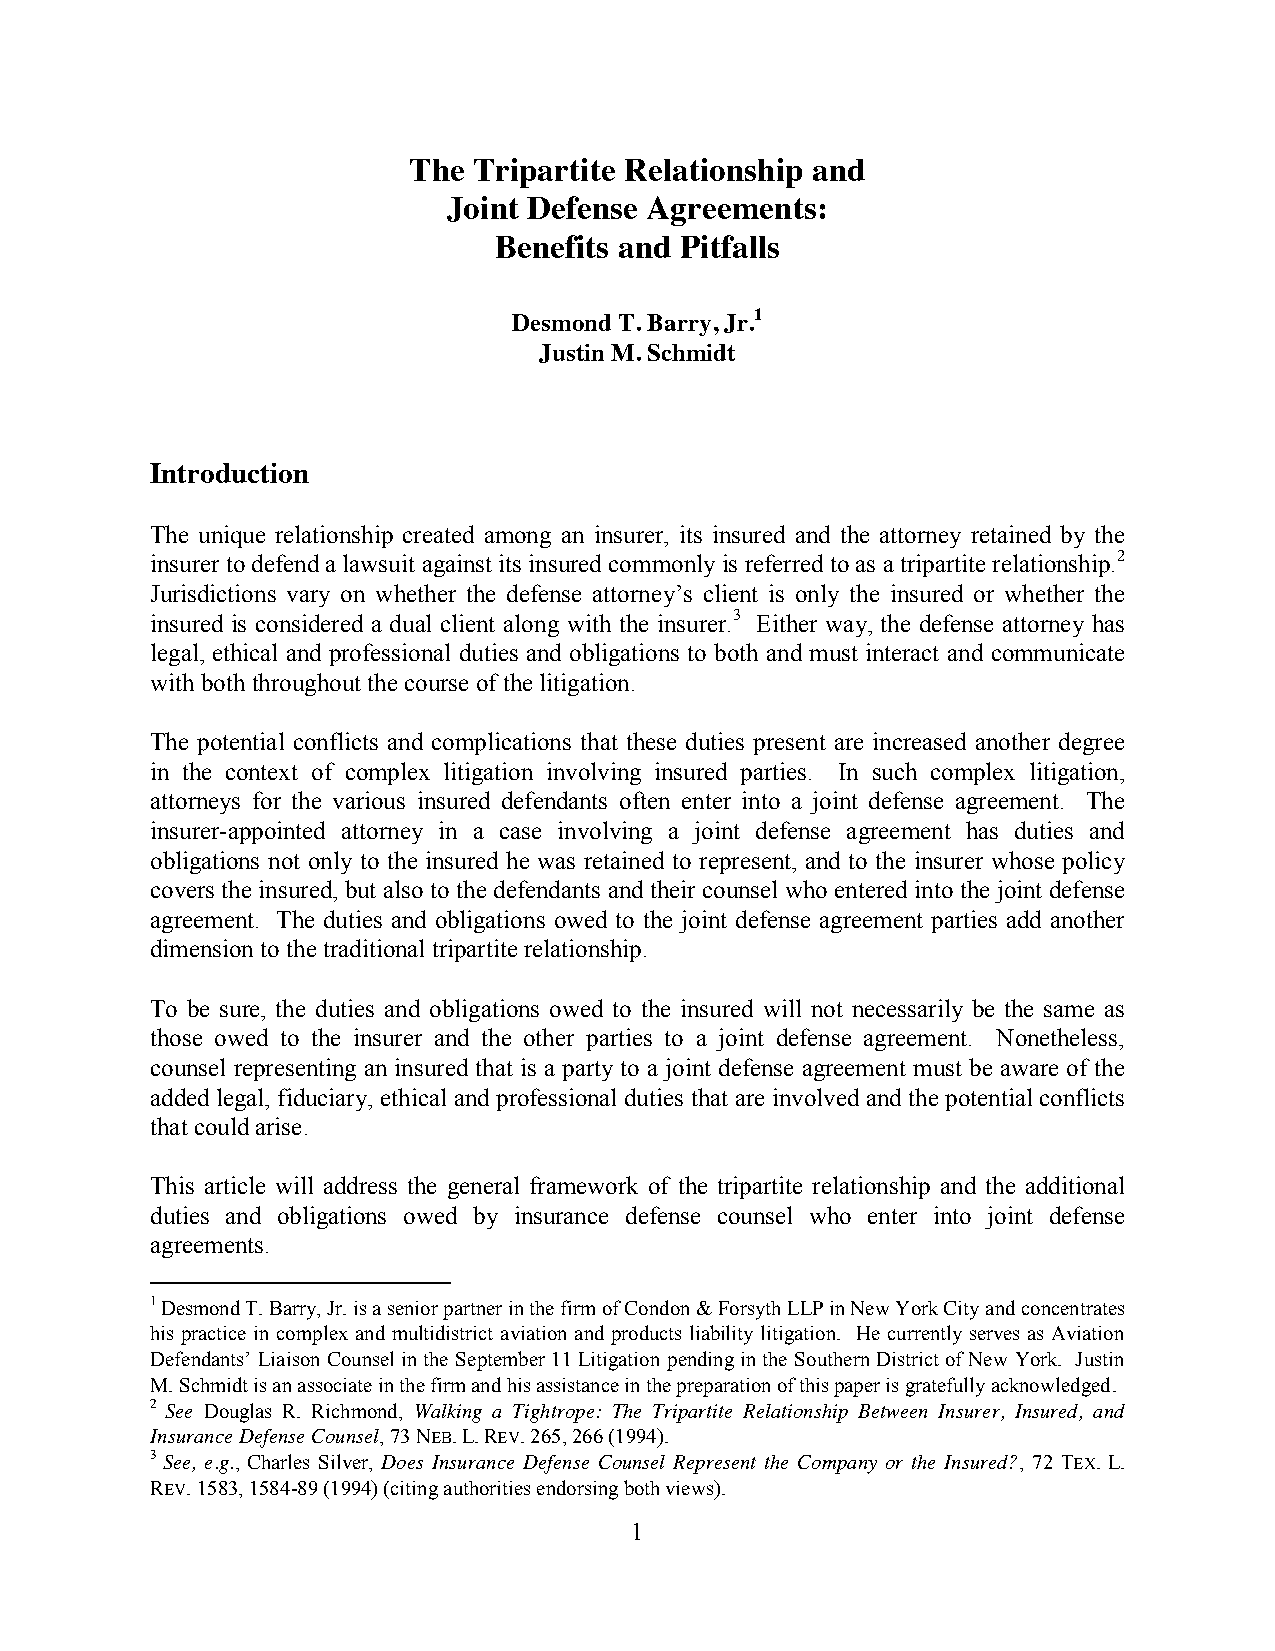
The Tripartite Relationship and
 Joint Defense Agreements:
 Benefits and Pitfalls
 Desmond T. Barry, Jr.1
 Justin M. Schmidt
 Introduction
 The unique relationship created among an insurer, its insured and the attorney retained by the
 insurer to defend a lawsuit against its insured commonly is referred to as a tripartite relationship.2
 Jurisdictions vary on whether the defense attorney’s client is only the insured or whether the
 insured is considered a dual client along with the insurer.3 Either way, the defense attorney has
 legal, ethical and professional duties and obligations to both and must interact and communicate
 with both throughout the course of the litigation.
 The potential conflicts and complications that these duties present are increased another degree
 in the context of complex litigation involving insured parties. In such complex litigation,
 attorneys for the various insured defendants often enter into a joint defense agreement. The
 insurer-appointed attorney in a case involving a joint defense agreement has duties and
 obligations not only to the insured he was retained to represent, and to the insurer whose policy
 covers the insured, but also to the defendants and their counsel who entered into the joint defense
 agreement. The duties and obligations owed to the joint defense agreement parties add another
 dimension to the traditional tripartite relationship.
 To be sure, the duties and obligations owed to the insured will not necessarily be the same as
 those owed to the insurer and the other parties to a joint defense agreement. Nonetheless,
 counsel representing an insured that is a party to a joint defense agreement must be aware of the
 added legal, fiduciary, ethical and professional duties that are involved and the potential conflicts
 that could arise.
 This article will address the general framework of the tripartite relationship and the additional
 duties and obligations owed by insurance defense counsel who enter into joint defense
 agreements.
 1 Desmond T. Barry, Jr. is a senior partner in the firm of Condon & Forsyth LLP in New York City and concentrates
 his practice in complex and multidistrict aviation and products liability litigation. He currently serves as Aviation
 Defendants’ Liaison Counsel in the September 11 Litigation pending in the Southern District of New York. Justin
 M. Schmidt is an associate in the firm and his assistance in the preparation of this paper is gratefully acknowledged.
 2 See Douglas R. Richmond, Walking a Tightrope: The Tripartite Relationship Between Insurer, Insured, and
 Insurance Defense Counsel, 73 NEB. L. REV. 265, 266 (1994).
 3 See, e.g., Charles Silver, Does Insurance Defense Counsel Represent the Company or the Insured?, 72 TEX. L.
 REV. 1583, 1584-89 (1994) (citing authorities endorsing both views).
 1